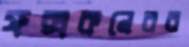
ফক্সকনেরব